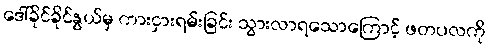
ဒေါ်ခိုင်ခိုင်နွယ်မှ ကားငှားရမ်းခြင်း သွားလာရသောကြောင့် ဖတပလကို